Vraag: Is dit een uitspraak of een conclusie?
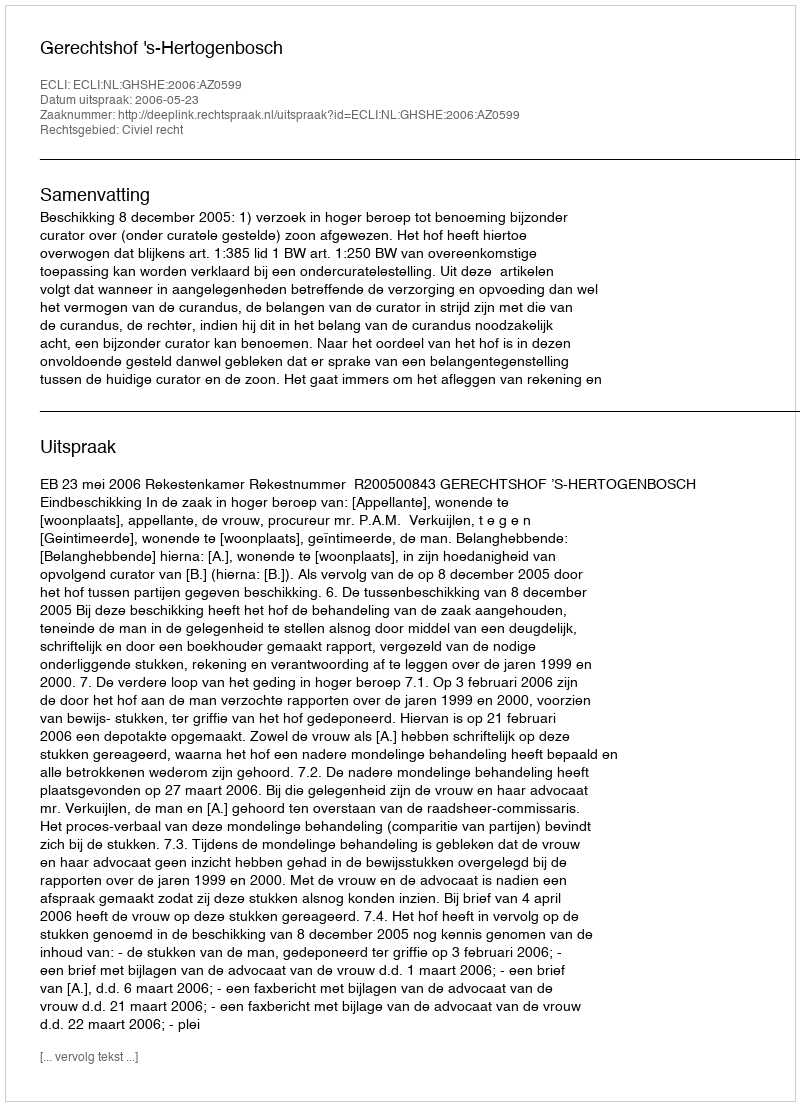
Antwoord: Uitspraak